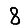
Digit: 8